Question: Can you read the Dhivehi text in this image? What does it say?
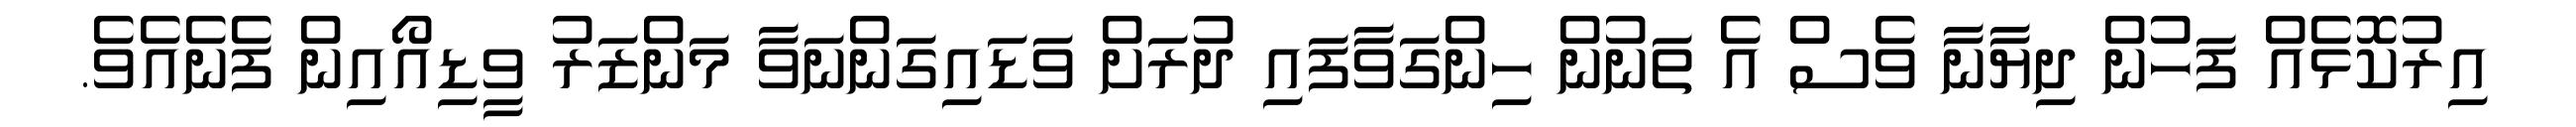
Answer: އިރުކޮޅެއް ފަހުން ދިޔާނާ ވެސް އެ ތަނުން ހިންގަވާފައި ދުރަށް ވަޑައިގަންނަވާ މަންޒަރު ވީޑިއޯއިން ފެނެއެވެ.